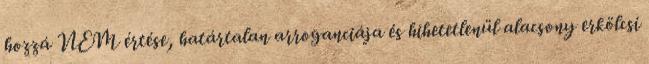
hozzá NEM értése, határtalan arroganciája és hihetetlenül alacsony erkölcsi